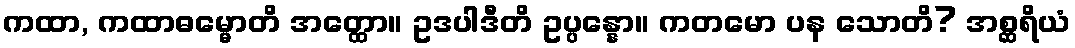
ကထာ, ကထာဓမ္မောတိ အတ္ထော။ ဥဒပါဒီတိ ဥပ္ပန္နော။ ကတမော ပန သောတိ? အစ္ဆရိယံ